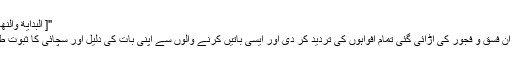
"[ البداية والنهاية: 8/ 2، [تاريخ الإسلام للذهبي: 5/ 2744 ]
محمد بن حنفیہ رحمہ اللہ نے یزید سے متعلق ان فسق و فجور کی اڑائی گئی تمام افواہوں کی تردید کر دی اور ایسی باتیں کرنے والوں سے اپنی بات کی دلیل اور سچائی کا ثبوت طلب کیا تو ان کے پاس اس کا جواب نہیں تھا ۔